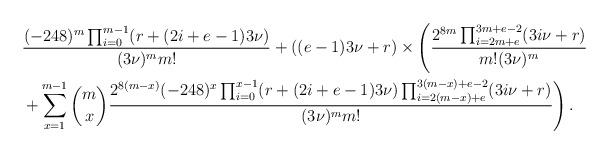
LaTeX: \begin{align*}&\frac{(-248)^m\prod_{i = 0}^{m-1}(r+(2i+e-1)3\nu)}{(3\nu)^mm!}+((e-1)3\nu+r)\times \left(\frac{2^{8m}\prod_{i=2m+e}^{3m+e-2}(3i\nu+r)}{m!(3\nu)^m} \right. \\&\left. +\sum_{x=1}^{m-1}\binom{m}{x}\frac{2^{8(m-x)}(-248)^{x}\prod_{i = 0}^{x-1}(r+(2i+e-1)3\nu) \prod_{i=2(m-x)+e}^{3(m-x)+e-2}(3i\nu+r)}{(3\nu)^{m}m!}\right).\end{align*}